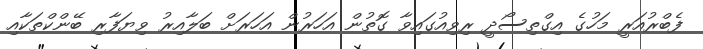
ފެބްރުއަރީ މަހުގެ އިގްތިސޯދީ ރިވިއުގައިވާ ގޮތުން އަހަރުން އަހަރަށް ބަލާއިރު ވިޔަފާރި ބޭންކްތަކާއި